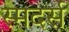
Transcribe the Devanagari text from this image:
स्मदर्स